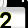
Digit: 2